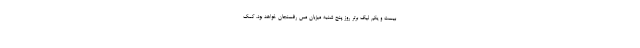
بیست و یکم لیگ برتر روز پنج شنبه میزبان مس رفسنجان خواهد بود. کمک